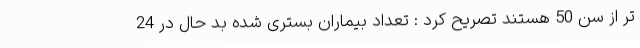
تر از سن 50 هستند تصریح کرد : تعداد بیماران بستری شده بد حال در 24